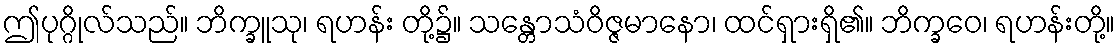
ဤပုဂ္ဂိုလ်သည်။ ဘိက္ခူသု၊ ရဟန်း တို့၌။ သန္တောသံဝိဇ္ဇမာနော၊ ထင်ရှားရှိ၏။ ဘိက္ခဝေ၊ ရဟန်းတို့။